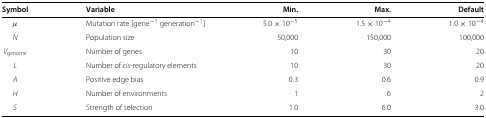
| Symbol | Variable | Min. | Max. | Default |
 | --- | --- | --- | --- | --- |
 | μ | Mutation rate [gene−1 generation−1] | 5.0×10−5 | 1.5×10−4 | 1.0×10−4 |
 | N | Population size | 50,000 | 150,000 | 100,000 |
 | Vgenome | Number of genes | 10 | 30 | 20 |
 | L | Number of cis-regulatory elements | 10 | 30 | 20 |
 | A | Positive edge bias | 0.3 | 0.6 | 0.9 |
 | H | Number of environments | 1 | 6 | 2 |
 | S | Strength of selection | 1.0 | 6.0 | 3.0 |